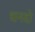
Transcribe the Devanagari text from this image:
धनदो